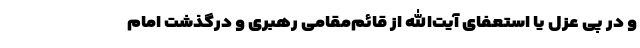
و در پی عزل یا استعفای آیت‌الله از قائم‌مقامی رهبری و درگذشت امام